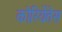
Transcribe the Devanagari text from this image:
कोरियेंतेस